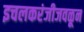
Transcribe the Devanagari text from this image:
इचलकरंजीजवळून